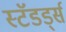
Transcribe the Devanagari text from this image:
स्टॅंडर्ड्स